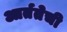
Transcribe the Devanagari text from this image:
आर्ततेची